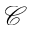
\mathcal { C }